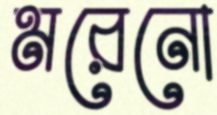
মরেনো